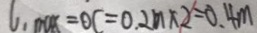
l _ { 1 } m o x = O C = 0 . 2 m \times 2 = 0 . 4 m